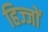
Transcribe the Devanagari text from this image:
हिज्जों